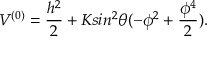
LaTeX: { \cal V } ^ { ( 0 ) } = \frac { h ^ { 2 } } { 2 } + K s i n ^ { 2 } \theta ( - \phi ^ { 2 } + \frac { \phi ^ { 4 } } { 2 } ) .